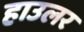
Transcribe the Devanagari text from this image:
हाउलर